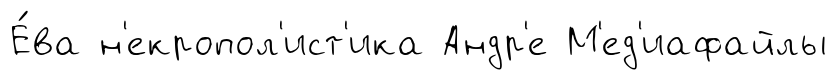
Е́ва н'екропол'ист'ика Андр'е М'ед'иафайлы